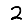
Digit: 2